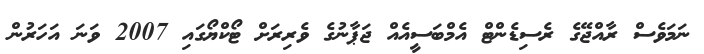
ނަމަވެސް ރާއްޖޭގެ ރެސިޑެންޓް އެމްބަސީއެއް ޖަޕާނުގެ ވެރިރަށް ޓޯކްޔޯގައި 2007 ވަނަ އަހަރުން